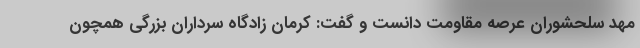
مهد سلحشوران عرصه مقاومت دانست و گفت: کرمان زادگاه سرداران بزرگی همچون